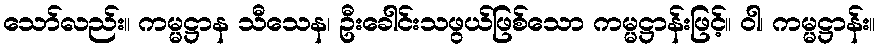
သော်လည်း။ ကမ္မဋ္ဌာန သီသေန၊ ဦးခေါင်းသဖွယ်ဖြစ်သော ကမ္မဋ္ဌာန်းဖြင့်။ ဝါ၊ ကမ္မဋ္ဌာန်း။